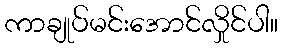
ကာချုပ်မင်းအောင်လှိုင်ပါ။